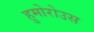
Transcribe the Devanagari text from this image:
हुमोरोउस